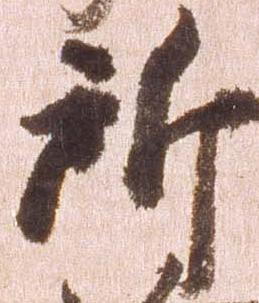
所